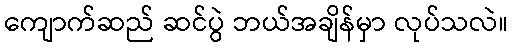
ကျောက်ဆည် ဆင်ပွဲ ဘယ်အချိန်မှာ လုပ်သလဲ။